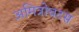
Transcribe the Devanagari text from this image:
अमित्रोचटस